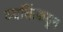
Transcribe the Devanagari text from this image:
व्यक्तिंकडून